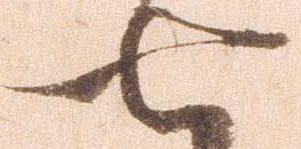
七